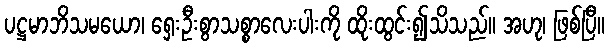
ပဋ္ဌမာဘိသမယော၊ ရှေးဦးစွာသစ္စာလေးပါးကို ထိုးထွင်း၍သိသည်။ အဟု၊ ဖြစ်ပြီ။